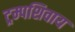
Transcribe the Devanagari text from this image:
ट्रम्पशिवाय